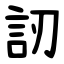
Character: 訒